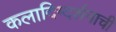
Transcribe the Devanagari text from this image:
कलादिग्दर्शनाची